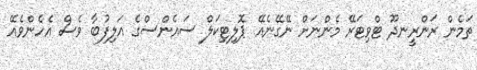
ތަމެން ރަންރީނދޫ ޓްވިޓަރޭ މެންނަށް ނޭގޭނެއޭ ޕޮލިޓިކަލް ސައެންސްގެ އަލިފުބާ ވެސް އެހެންވެއޭ